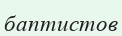
баптистов